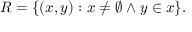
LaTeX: R = \{ ( x , y ) : x \neq \emptyset \land y \in x \} .